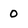
Character: 0